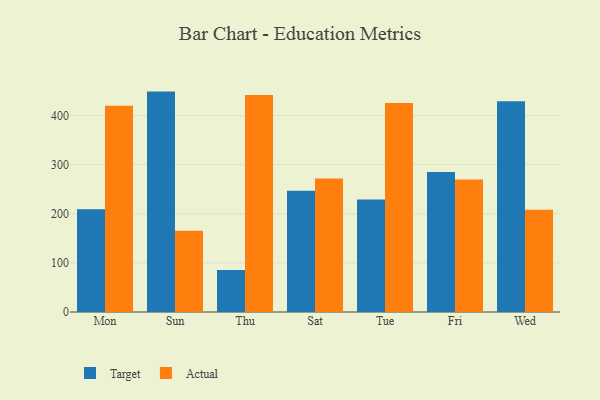
{"axis": {"x": "Day", "y": "Churn Rate (%)"}, "legend": ["Actual", "Target"], "data": [{"x": "Mon", "y": 209.3, "type": "Target"}, {"x": "Mon", "y": 419.8, "type": "Actual"}, {"x": "Sun", "y": 448.8, "type": "Target"}, {"x": "Sun", "y": 165.3, "type": "Actual"}, {"x": "Thu", "y": 85.5, "type": "Target"}, {"x": "Thu", "y": 442.1, "type": "Actual"}, {"x": "Sat", "y": 247.0, "type": "Target"}, {"x": "Sat", "y": 271.7, "type": "Actual"}, {"x": "Tue", "y": 229.0, "type": "Target"}, {"x": "Tue", "y": 425.8, "type": "Actual"}, {"x": "Fri", "y": 284.9, "type": "Target"}, {"x": "Fri", "y": 269.7, "type": "Actual"}, {"x": "Wed", "y": 429.2, "type": "Target"}, {"x": "Wed", "y": 208.3, "type": "Actual"}]}